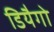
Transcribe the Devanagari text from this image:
डियैगो